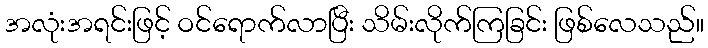
အလုံးအရင်းဖြင့် ဝင်ရောက်လာပြီး သိမ်းလိုက်ကြခြင်း ဖြစ်လေသည်။